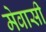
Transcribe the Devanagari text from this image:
मेवासी